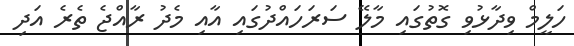
ހަލީމް ވިދާޅުވި ގޮތުގައި މާލޭ ސަރަހައްދުގައި އާއި މެދު ރާއްޖެ ތެރެ އަދި